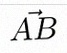
\vec{AB}